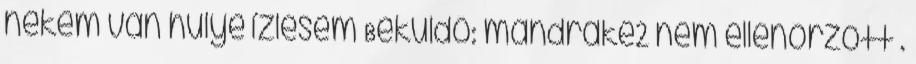
nekem van hülye í­zlésem Beküldő: mandrake2 nem ellenőrzött .